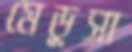
মেডুসা